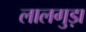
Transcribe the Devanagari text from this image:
लालगुड़ा